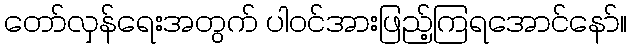
တော်လှန်ရေးအတွက် ပါဝင်အားဖြည့်ကြရအောင်နော်။